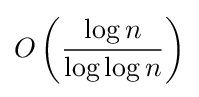
O\left({\dfrac {\log n}{\log \log n}}\right)